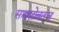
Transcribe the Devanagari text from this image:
सत्रासोबतच